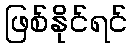
ဖြစ်နိုင်ရင်